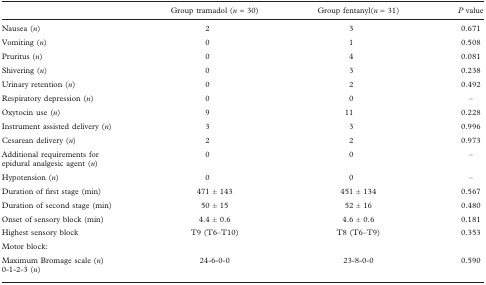
|  | Group tramadol (n = 30) | Group fentanyl(n = 31) | P value |
 | --- | --- | --- | --- |
 | Nausea (n) | 2 | 3 | 0.671 |
 | Vomiting (n) | 0 | 1 | 0.508 |
 | Pruritus (n) | 0 | 4 | 0.081 |
 | Shivering (n) | 0 | 3 | 0.238 |
 | Urinary retention (n) | 0 | 2 | 0.492 |
 | Respiratory depression (n) | 0 | 0 | – |
 | Oxytocin use (n) | 9 | 11 | 0.228 |
 | Instrument assisted delivery (n) | 3 | 3 | 0.996 |
 | Cesarean delivery (n) | 2 | 2 | 0.973 |
 | Additional requirements for epidural analgesic agent (n) | 0 | 0 | – |
 | Hypotension (n) | 0 | 0 | – |
 | Duration of first stage (min) | 471 ± 143 | 451 ± 134 | 0.567 |
 | Duration of second stage (min) | 50 ± 15 | 52 ± 16 | 0.480 |
 | Onset of sensory block (min) | 4.4 ± 0.6 | 4.6 ± 0.6 | 0.181 |
 | Highest sensory block | T9 (T6–T10) | T8 (T6–T9) | 0.353 |
 | Motor block: |  |  |  |
 | Maximum Bromage scale (n)0-1-2-3 (n) | 24-6-0-0 | 23-8-0-0 | 0.590 |